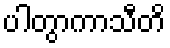
ပါတွာကာသီတိ